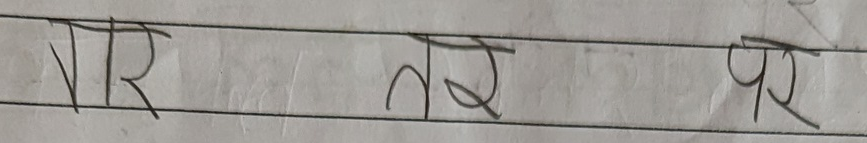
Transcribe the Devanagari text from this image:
वर तर पर